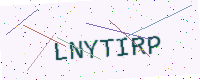
Text: LNYTIRP